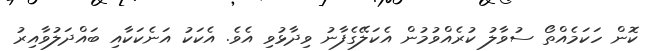
ކޮން ހަކަމެއްތޯ ސުވާލު ކުރެއްވުމުން އެކަލޭގެފާނު ވިދާޅުވި އެވެ. އެކަކު އަނެކަކާއި ބައްދަލުވާއިރު